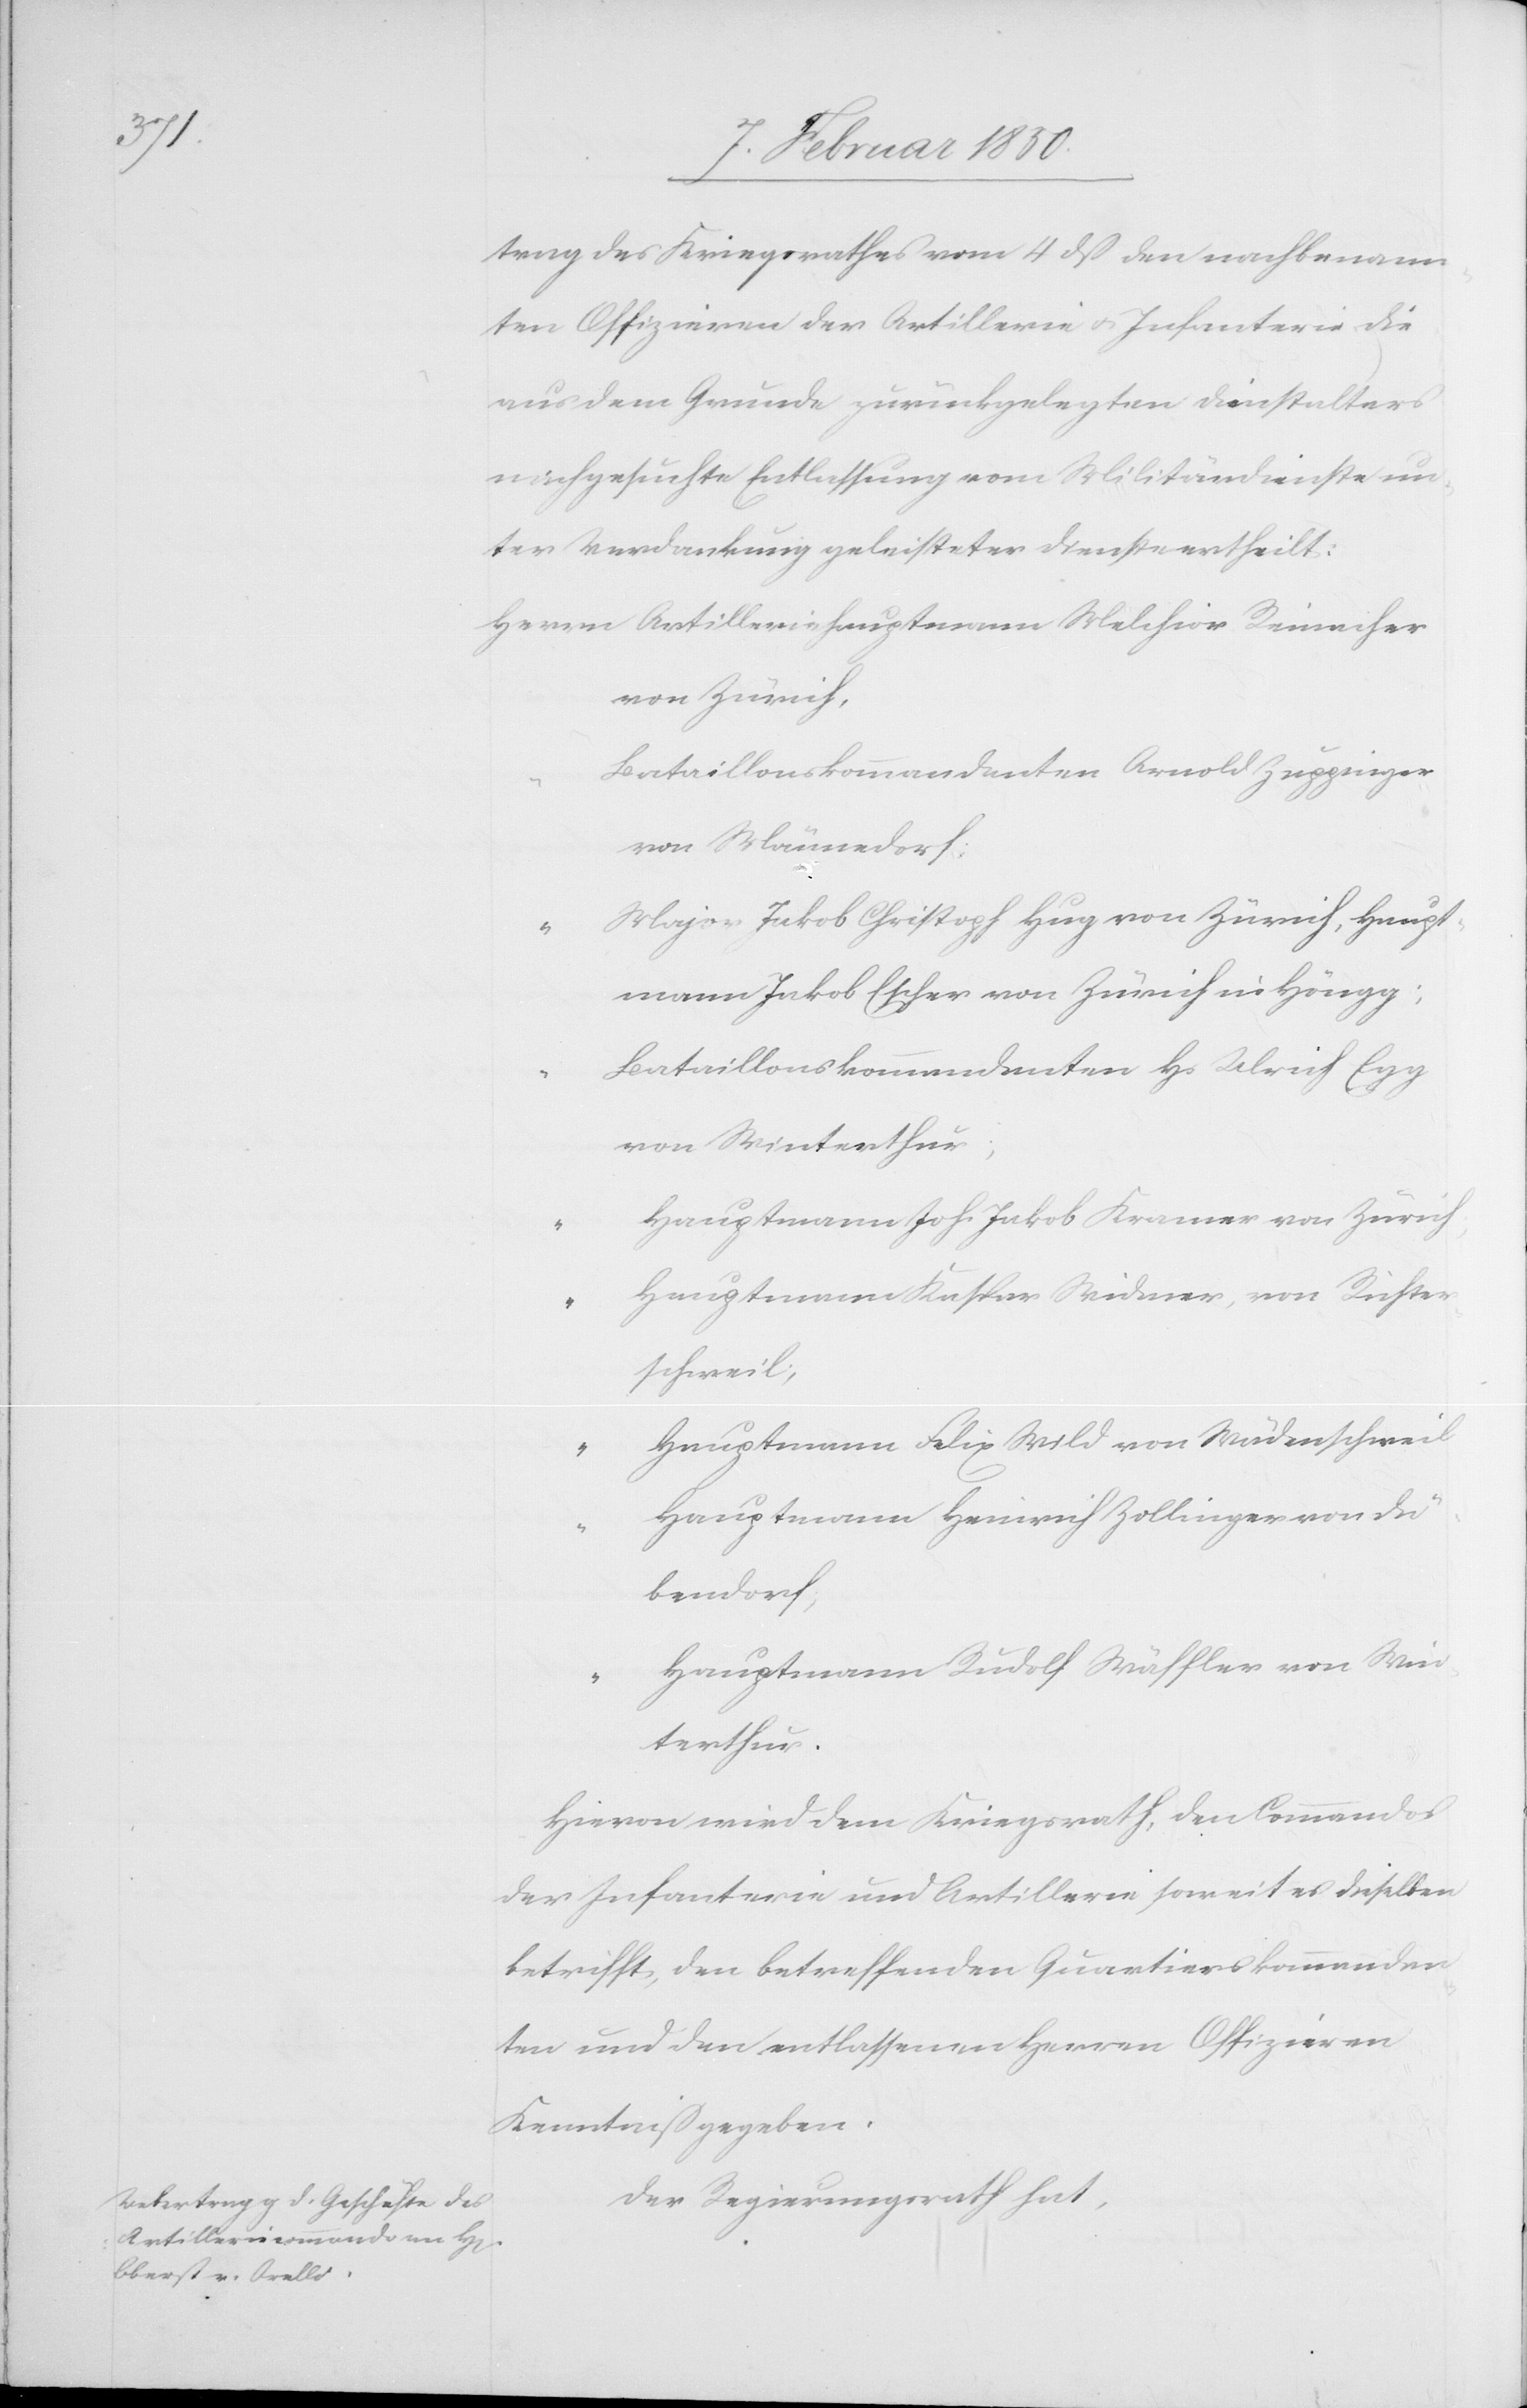
trag des Kriegsrathes vom 4 dß den nachbenann¬
ten Offizieren der Artillerie u. Infanterie die
aus dem Grunde zurückgelegten Dienstalters
nachgesuchte Entlassung vom Militärdienste un¬
ter Verdankung geleisteter Dienste ertheilt:
Herrn	Artilleriehauptmann Melchior Reinacher
von Zürich,
ataillonskommandanten Arnold Zuppinger
von Männedorf.
ajor Jakob Christoph Hug von Zürich, Haupt¬
mann Jakob Escher von Zürich in Höngg;
“		Bataillonskommandanten Hs Ulrich Egg
von Winterthur;
“		Hauptmann Joh. Jakob Kramer von Zürich,
“		H¬
auptmann Kaspar Widmer, von Richter¬
schweil;
auptmann Felix Wild von Wädenschweil
auptmann Heinrich Zollinger von Dü¬
bendorf;
auptmann Rudolf Wäffler von Win¬
“		H¬
terthur.
Hievon wird dem Kriegsrath, den Commandos
der Infanterie und Artillerie soweit es dieselben
betrifft, den betreffenden Quartierskommandan¬
ten und den entlassenen Herren Offizieren
Kenntniß gegeben.
Der Regierungsrath hat,